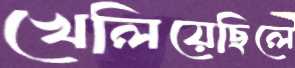
খেলিয়েছিলে